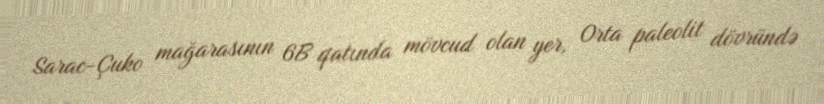
Sarac-Çuko mağarasının 6B qatında mövcud olan yer, Orta paleolit dövründə